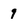
Character: 9